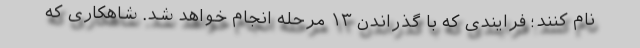
نام کنند؛ فرایندی که با گذراندن ۱۳ مرحله انجام خواهد شد. شاهکاری که